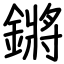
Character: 鏘